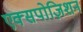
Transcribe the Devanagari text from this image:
एक्सपोज़िशन